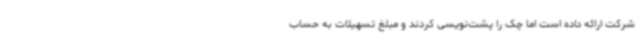
شرکت ارائه داده است اما چک را پشت‌نویسی کردند و مبلغ تسهیلات به حساب